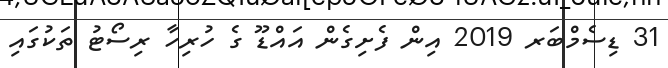
31 ޑިސެމްބަރ 2019 އިން ފެށިގެން އައްޑޫ ގެ ހުރިހާ ރިސޯޓު ތަކުގައި